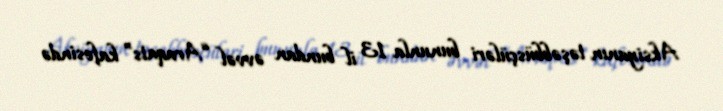
Aksiyanın təşəbbüsçüləri bununla 13 il bundan əvvəl “Araqats” kafesində